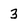
Character: 3